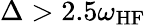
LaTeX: \Delta>2.5\omega_{\mathrm{HF}}